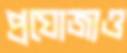
প্রযোজ্যও